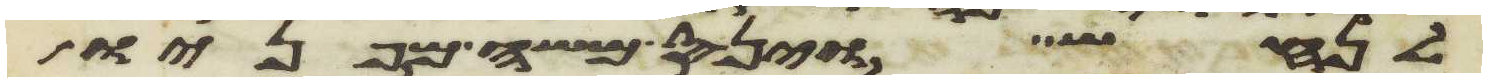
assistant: לנחש וינס משה מפניו